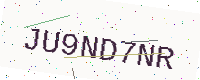
Text: JU9ND7NR